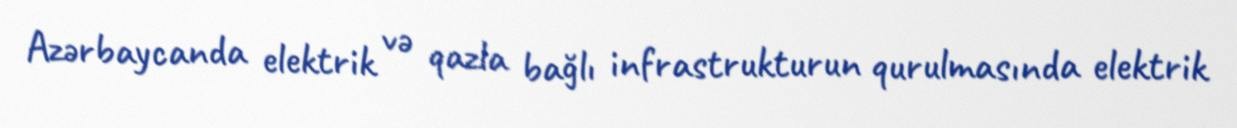
Azərbaycanda elektrik və qazla bağlı infrastrukturun qurulmasında elektrik